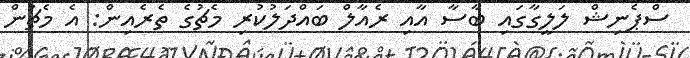
ސްޕެނިޝް ލަލީގާގައި ބާސާ އާއި ރެއާލް ބައްދަލުކުރި މެޗުގެ ތެރެއިން: އެ މެޗުން